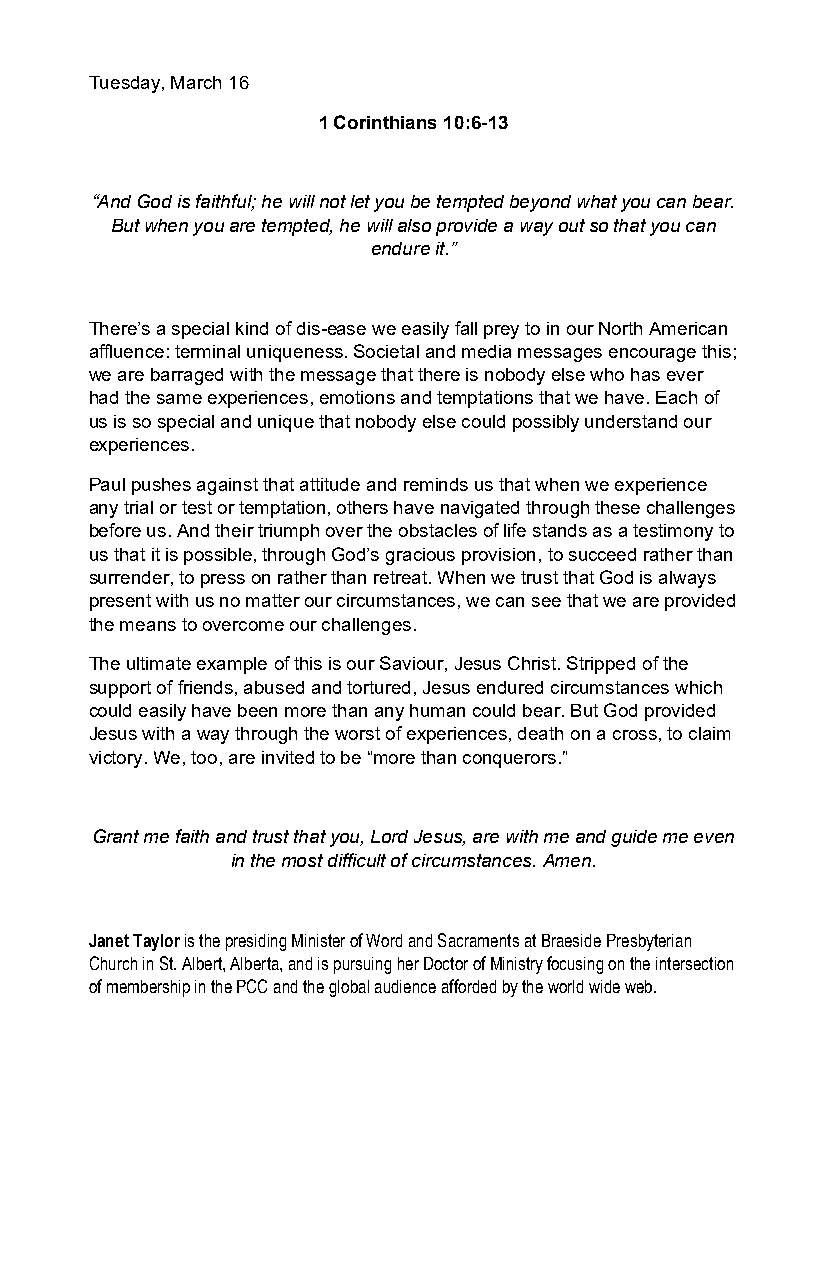
Tuesday, March 16
 1 Corinthians 10:6-13
 “And God is faithful; he will not let you be tempted beyond what you can bear.
 But when you are tempted, he will also provide a way out so that you can
 endure it.”
 There’s a special kind of dis-ease we easily fall prey to in our North American
 affluence: terminal uniqueness. Societal and media messages encourage this;
 we are barraged with the message that there is nobody else who has ever
 had the same experiences, emotions and temptations that we have. Each of
 us is so special and unique that nobody else could possibly understand our
 experiences.
 Paul pushes against that attitude and reminds us that when we experience
 any trial or test or temptation, others have navigated through these challenges
 before us. And their triumph over the obstacles of life stands as a testimony to
 us that it is possible, through God’s gracious provision, to succeed rather than
 surrender, to press on rather than retreat. When we trust that God is always
 present with us no matter our circumstances, we can see that we are provided
 the means to overcome our challenges.
 The ultimate example of this is our Saviour, Jesus Christ. Stripped of the
 support of friends, abused and tortured, Jesus endured circumstances which
 could easily have been more than any human could bear. But God provided
 Jesus with a way through the worst of experiences, death on a cross, to claim
 victory. We, too, are invited to be “more than conquerors.”
 Grant me faith and trust that you, Lord Jesus, are with me and guide me even
 in the most difficult of circumstances. Amen.
 Janet Taylor is the presiding Minister of Word and Sacraments at Braeside Presbyterian
 Church in St. Albert, Alberta, and is pursuing her Doctor of Ministry focusing on the intersection
 of membership in the PCC and the global audience afforded by the world wide web.